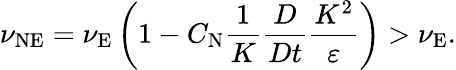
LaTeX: \nu_{\textrm{NE}}=\nu_{\textrm{E}}\left({1-C_{\textrm{N}}\frac{1}{K}\frac{D}{Dt}\frac{K^{2}}{\varepsilon}}\right)>\nu_{\textrm{E}}.